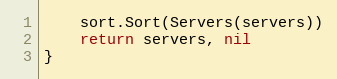
Language: Go
	sort.Sort(Servers(servers))
	return servers, nil
}